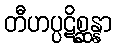
တီဟပ္ပဋိစ္ဆန္နာ